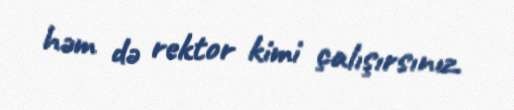
həm də rektor kimi çalışırsınız.